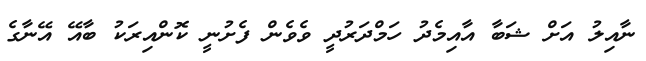
ނާއިލު އަށް ޝަބާ އާއިމެދު ހަމްދަރުދީ ވެވެން ފެށުނީ ކޮންއިރަކު ބާއޭ އޭނާގެ